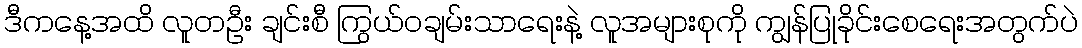
ဒီကနေ့အထိ လူတဦး ချင်းစီ ကြွယ်ဝချမ်းသာရေးနဲ့ လူအများစုကို ကျွန်ပြုခိုင်းစေရေးအတွက်ပဲ